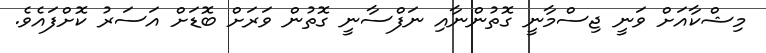
މިޝްކާއަށް ވަނީ ޖިސްމާނީ ގޮތުންނާއި ނަފްސާނީ ގޮތުން ވަރަށް ބޮޑަށް އަސަރު ކޮށްފައެވެ.